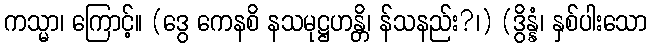
ကသ္မာ၊ ကြောင့်။ (ဒွေ ကေနစိ နသမုဋ္ဌဟန္တိ၊ န်သနည်း?၊) (ဒွိန္နံ၊ နှစ်ပါးသော